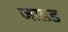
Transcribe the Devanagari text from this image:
जाडड